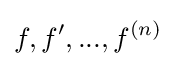
f,f',...,f^{(n)}